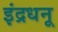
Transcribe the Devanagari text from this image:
इंद्रधनू